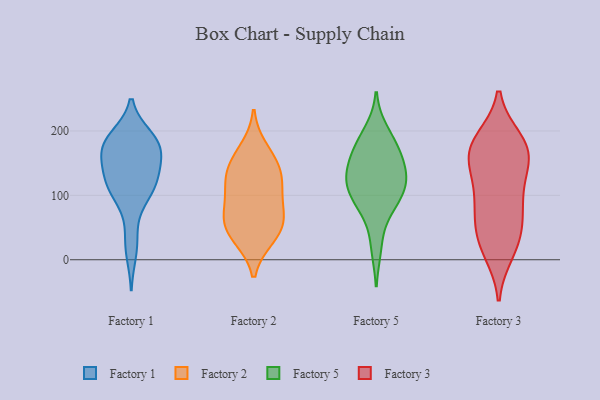
{"axis": {"x": "Shipments", "y": "Value"}, "legend": ["Factory 1", "Factory 2", "Factory 3", "Factory 5"], "data": [{"x": "", "y": 139, "type": "Factory 1"}, {"x": "", "y": 121, "type": "Factory 1"}, {"x": "", "y": 178, "type": "Factory 1"}, {"x": "", "y": 171, "type": "Factory 1"}, {"x": "", "y": 104, "type": "Factory 1"}, {"x": "", "y": 185, "type": "Factory 1"}, {"x": "", "y": 97, "type": "Factory 1"}, {"x": "", "y": 130, "type": "Factory 1"}, {"x": "", "y": 106, "type": "Factory 1"}, {"x": "", "y": 177, "type": "Factory 1"}, {"x": "", "y": 118, "type": "Factory 1"}, {"x": "", "y": 181, "type": "Factory 1"}, {"x": "", "y": 173, "type": "Factory 1"}, {"x": "", "y": 13, "type": "Factory 1"}, {"x": "", "y": 189, "type": "Factory 1"}, {"x": "", "y": 172, "type": "Factory 1"}, {"x": "", "y": 136, "type": "Factory 1"}, {"x": "", "y": 35, "type": "Factory 1"}, {"x": "", "y": 128, "type": "Factory 2"}, {"x": "", "y": 142, "type": "Factory 2"}, {"x": "", "y": 63, "type": "Factory 2"}, {"x": "", "y": 59, "type": "Factory 2"}, {"x": "", "y": 172, "type": "Factory 2"}, {"x": "", "y": 34, "type": "Factory 2"}, {"x": "", "y": 152, "type": "Factory 2"}, {"x": "", "y": 34, "type": "Factory 2"}, {"x": "", "y": 119, "type": "Factory 2"}, {"x": "", "y": 59, "type": "Factory 2"}, {"x": "", "y": 105, "type": "Factory 2"}, {"x": "", "y": 86, "type": "Factory 2"}, {"x": "", "y": 126, "type": "Factory 5"}, {"x": "", "y": 110, "type": "Factory 5"}, {"x": "", "y": 122, "type": "Factory 5"}, {"x": "", "y": 142, "type": "Factory 5"}, {"x": "", "y": 179, "type": "Factory 5"}, {"x": "", "y": 135, "type": "Factory 5"}, {"x": "", "y": 162, "type": "Factory 5"}, {"x": "", "y": 103, "type": "Factory 5"}, {"x": "", "y": 85, "type": "Factory 5"}, {"x": "", "y": 199, "type": "Factory 5"}, {"x": "", "y": 173, "type": "Factory 5"}, {"x": "", "y": 80, "type": "Factory 5"}, {"x": "", "y": 20, "type": "Factory 5"}, {"x": "", "y": 90, "type": "Factory 3"}, {"x": "", "y": 13, "type": "Factory 3"}, {"x": "", "y": 30, "type": "Factory 3"}, {"x": "", "y": 50, "type": "Factory 3"}, {"x": "", "y": 170, "type": "Factory 3"}, {"x": "", "y": 152, "type": "Factory 3"}, {"x": "", "y": 168, "type": "Factory 3"}, {"x": "", "y": 171, "type": "Factory 3"}, {"x": "", "y": 69, "type": "Factory 3"}, {"x": "", "y": 185, "type": "Factory 3"}, {"x": "", "y": 90, "type": "Factory 3"}, {"x": "", "y": 113, "type": "Factory 3"}, {"x": "", "y": 145, "type": "Factory 3"}, {"x": "", "y": 181, "type": "Factory 3"}, {"x": "", "y": 25, "type": "Factory 3"}]}